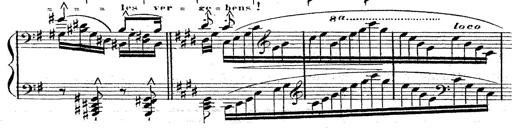
Title: 12 Lieder von Franz Schubert
Composer: Franz Liszt